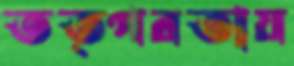
তত্পরতায়